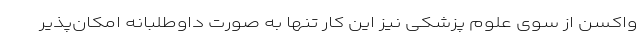
واکسن از سوی علوم پزشکی نیز این کار تنها به صورت داوطلبانه امکان‌پذیر